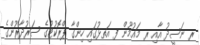
ރ ނަސީދު އާއި ރ މައުމޫން ފ އަތޅުގައި ހިންގާ ޕްރޮެކުޓުގެ ސަރުދާރުންގެ